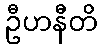
ဦဟနီတိ